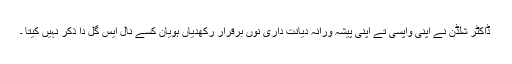
ڈاکٹر شلڈن نے اپنی واپسی تے اپنی پیشہ ورانہ دیانت داری نوں برقرار رکھدیاں ہویان کسے نال ایس گل دا ذکر نہیں کیتا ۔